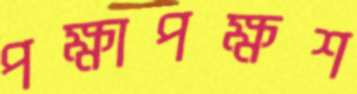
পক্ষাপক্ষশ